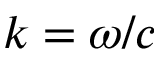
k = \omega / c